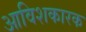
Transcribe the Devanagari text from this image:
आविशकारक